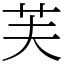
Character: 芙